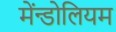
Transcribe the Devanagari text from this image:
मेंन्डोलियम